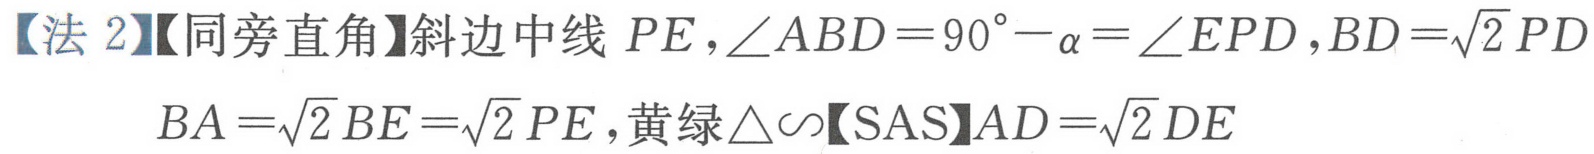
【法2】【同旁直角】斜边中线\(PE\)，\(\angle ABD = 90^{\circ}-\alpha=\angle EPD\)，\(BD = \sqrt{2}PD\)
\(BA=\sqrt{2}BE=\sqrt{2}PE\)，黄绿\(\triangle\sim\)【SAS】\(AD = \sqrt{2}DE\)